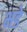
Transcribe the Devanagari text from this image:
भडे